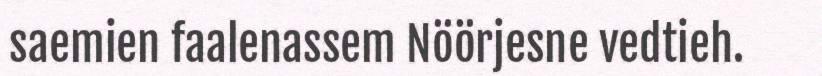
saemien faalenassem Nöörjesne vedtieh.